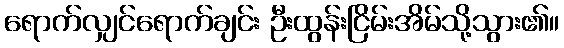
ရောက်လျှင်ရောက်ချင်း ဦးထွန်းငြိမ်းအိမ်သို့သွား၏။